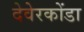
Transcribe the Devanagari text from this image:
देवेरकोंडा